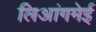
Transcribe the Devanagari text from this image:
लिआंगमेई